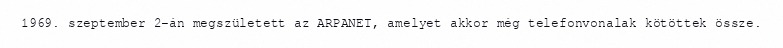
1969. szeptember 2-án megszületett az ARPANET, amelyet akkor még telefonvonalak kötöttek össze.